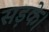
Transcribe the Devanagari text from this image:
सड़के।